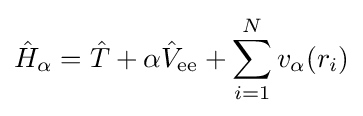
{\hat {H}}_{\alpha }={\hat {T}}+\alpha {\hat {V}}_{\text{ee}}+\sum _{i=1}^{N}v_{\alpha }(r_{i})